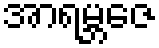
အာရမ္ဘဇေ